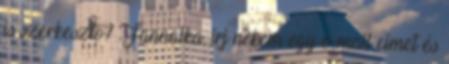
is szerkesztő? Fannalka, írj nekem egy e-mail címet és